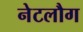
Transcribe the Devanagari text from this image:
नेटलौग